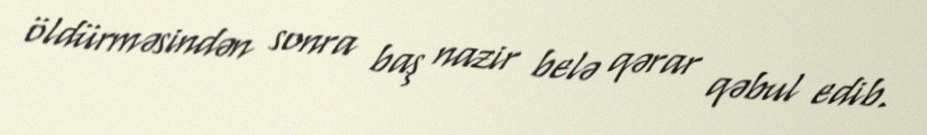
öldürməsindən sonra baş nazir belə qərar qəbul edib.